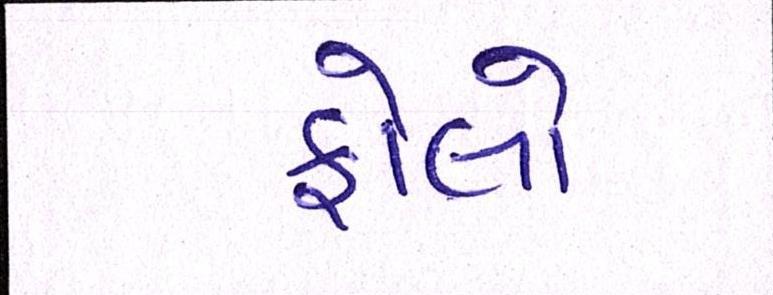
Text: ફોલો